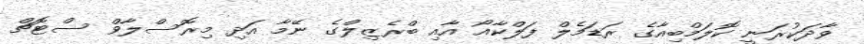
ވާދަކުރަނީ ކޮލަމްބިއާގެ ރަޑަމެލް ފަލްކާއޯ އާއި ބްރެޒިލްގެ ނޭމާ އަދި މިރޮސްލާވް ސްޓޮޗް